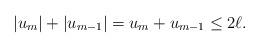
LaTeX: \begin{align*}|u_m|+|u_{m-1}|=u_m+u_{m-1} \leq 2\ell.\end{align*}